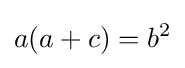
a(a+c)=b^{2}